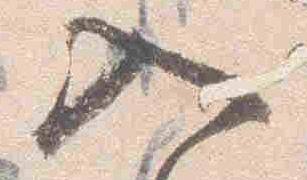
入